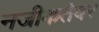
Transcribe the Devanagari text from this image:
नजीकतेवर